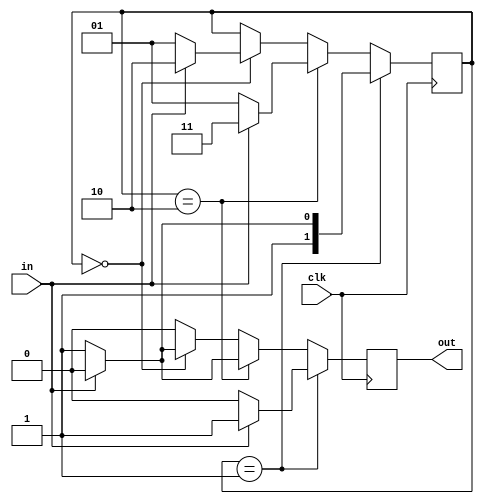
module A3Q2_fsm(clk,in,out);
    input clk,in;
    output out;
    reg out=0;
    reg[1:0] state = 2'b00;
    always @(posedge clk )
    begin
            if(state == 2'b01) begin
                if(in == 1'b1) begin
                    state = 2'b10;
                    out = 1;
                end
                else begin
                    state = 2'b11;
                    out = 0;
                end
            end
            else if(state == 2'b10) begin
                if(in == 1'b0) begin
                    state = 2'b01;
                    out = 1;
                end
                else begin
                    state = 2'b11;
                    out = 0;
                end
            end
            else if(state == 2'b00) begin
                if(in == 1'b0) begin
                    state = 2'b01;
                    out = 1;
                end
                else begin
                    state = 2'b10;
                    out = 0;
                end
            end
            else begin 
                out = 0;
            end
                 
       end

endmodule